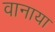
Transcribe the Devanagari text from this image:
वानाया